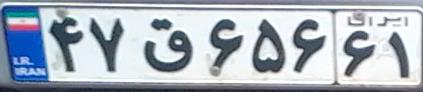
۴۷ق۶۵۶۶۱